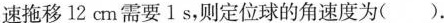
速拖移12cm需要1s，则定位球的角速度为( ).